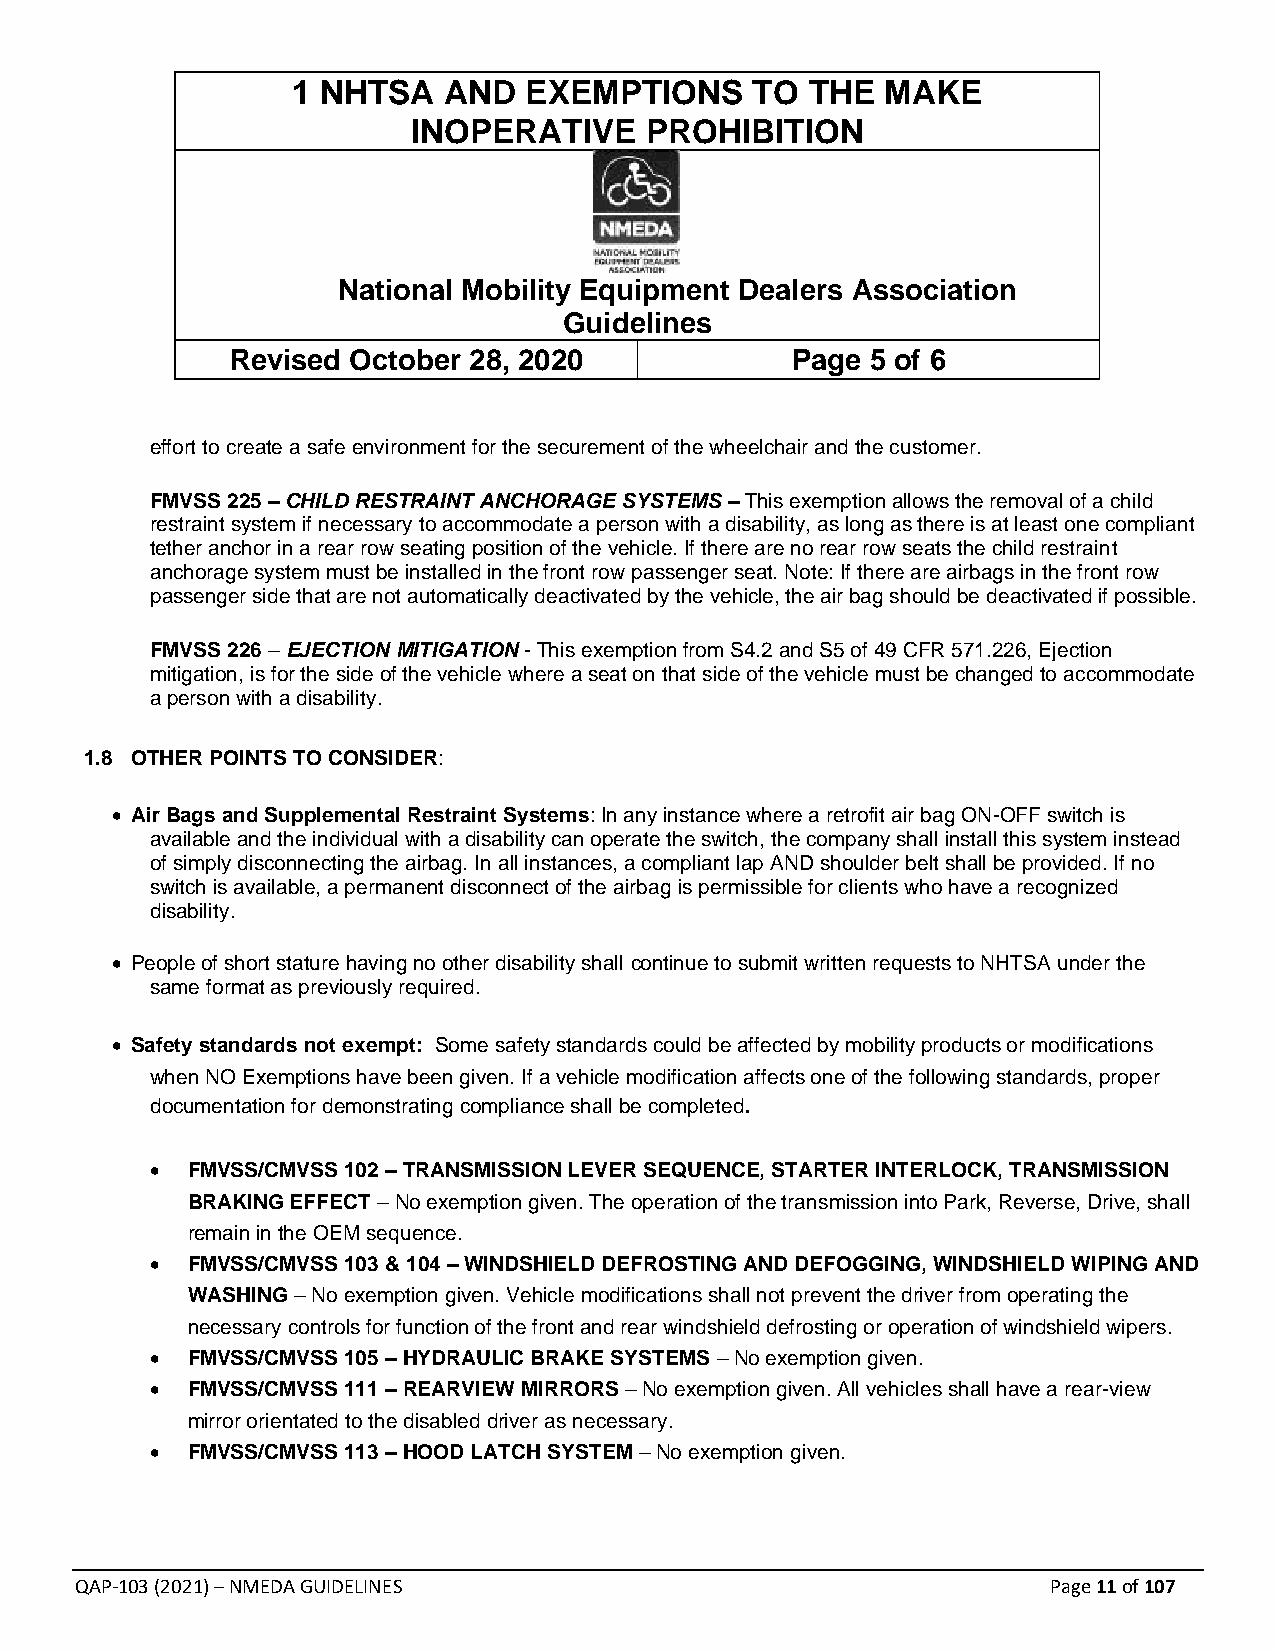
1 NHTSA   AND   EXEMPTIONS     TO  THE  MAKE
 INOPERATIVE     PROHIBITION
 National Mobility Equipment Dealers Association
 Guidelines
 Revised October 28, 2020             Page  5 of 6
 effort to create a safe environment for the securement of the wheelchair and the customer.
 FMVSS 225 – CHILD RESTRAINT ANCHORAGE SYSTEMS – This exemption allows the removal of a child
 restraint system if necessary to accommodate a person with a disability, as long as there is at least one compliant
 tether anchor in a rear row seating position of the vehicle. If there are no rear row seats the child restraint
 anchorage system must be installed in the front row passenger seat. Note: If there are airbags in the front row
 passenger side that are not automatically deactivated by the vehicle, the air bag should be deactivated if possible.
 FMVSS 226 – EJECTION MITIGATION - This exemption from S4.2 and S5 of 49 CFR 571.226, Ejection
 mitigation, is for the side of the vehicle where a seat on that side of the vehicle must be changed to accommodate
 a person with a disability.
 1.8 OTHER POINTS TO CONSIDER:
 • Air Bags and Supplemental Restraint Systems: In any instance where a retrofit air bag ON-OFF switch is
 available and the individual with a disability can operate the switch, the company shall install this system instead
 of simply disconnecting the airbag. In all instances, a compliant lap AND shoulder belt shall be provided. If no
 switch is available, a permanent disconnect of the airbag is permissible for clients who have a recognized
 disability.
 • People of short stature having no other disability shall continue to submit written requests to NHTSA under the
 same format as previously required.
 • Safety standards not exempt: Some safety standards could be affected by mobility products or modifications
 when NO Exemptions have been given. If a vehicle modification affects one of the following standards, proper
 documentation for demonstrating compliance shall be completed.
 • FMVSS/CMVSS 102 – TRANSMISSION LEVER SEQUENCE, STARTER INTERLOCK, TRANSMISSION
 BRAKING EFFECT – No exemption given. The operation of the transmission into Park, Reverse, Drive, shall
 remain in the OEM sequence.
 • FMVSS/CMVSS 103 & 104 – WINDSHIELD DEFROSTING AND DEFOGGING, WINDSHIELD WIPING AND
 WASHING – No exemption given. Vehicle modifications shall not prevent the driver from operating the
 necessary controls for function of the front and rear windshield defrosting or operation of windshield wipers.
 • FMVSS/CMVSS 105 – HYDRAULIC BRAKE SYSTEMS – No exemption given.
 • FMVSS/CMVSS 111 – REARVIEW MIRRORS – No exemption given. All vehicles shall have a rear-view
 mirror orientated to the disabled driver as necessary.
 • FMVSS/CMVSS 113 – HOOD LATCH SYSTEM – No exemption given.
 QAP-103 (2021) – NMEDA GUIDELINES                                Page 11 of 107